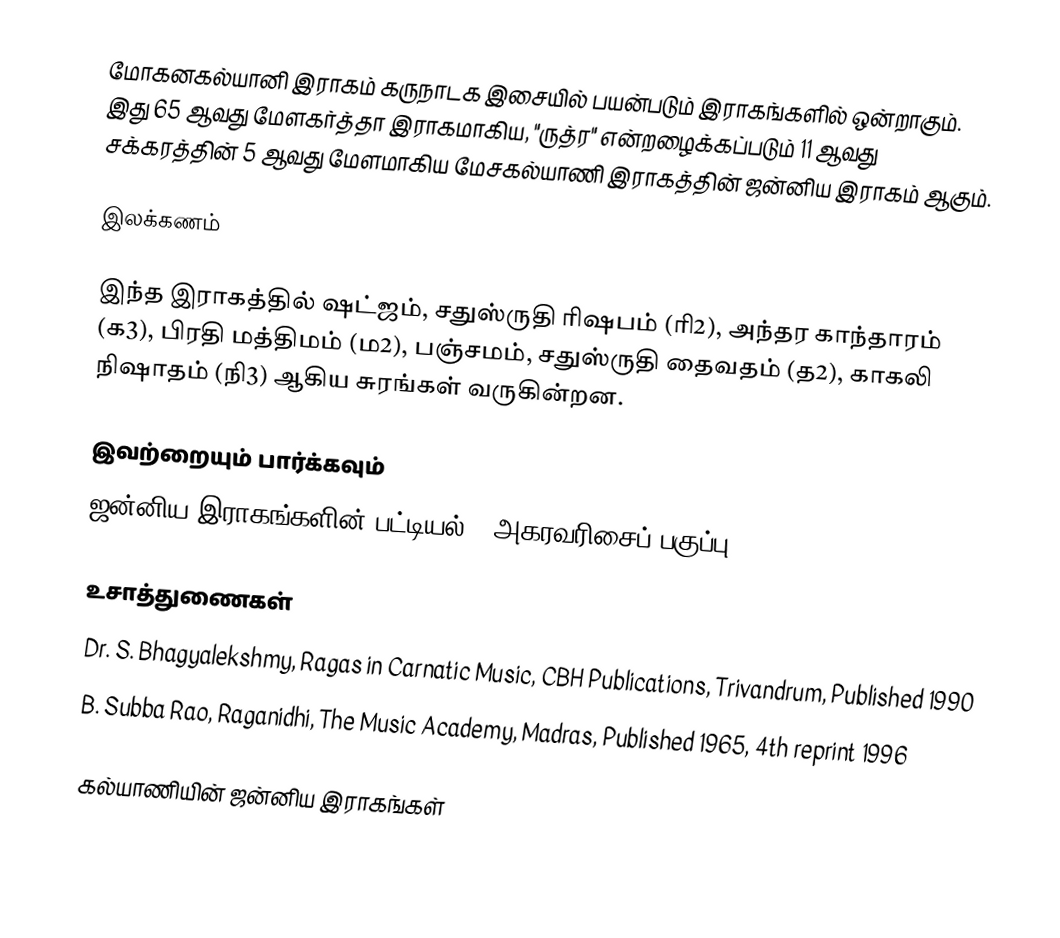
மோகனகல்யானி இராகம் கருநாடக இசையில் பயன்படும் இராகங்களில் ஒன்றாகும். இது 65 ஆவது மேளகர்த்தா இராகமாகிய, "ருத்ர" என்றழைக்கப்படும் 11 ஆவது சக்கரத்தின் 5 ஆவது மேளமாகிய மேசகல்யாணி இராகத்தின் ஜன்னிய இராகம் ஆகும்.

இலக்கணம்

இந்த இராகத்தில் ஷட்ஜம், சதுஸ்ருதி ரிஷபம் (ரி2),  அந்தர காந்தாரம் (க3), பிரதி மத்திமம் (ம2), பஞ்சமம்,  சதுஸ்ருதி தைவதம் (த2), காகலி நிஷாதம்  (நி3) ஆகிய சுரங்கள் வருகின்றன.

இவற்றையும் பார்க்கவும்
 ஜன்னிய இராகங்களின் பட்டியல் - அகரவரிசைப் பகுப்பு

உசாத்துணைகள்
 Dr. S. Bhagyalekshmy, Ragas in Carnatic Music, CBH Publications, Trivandrum, Published 1990
 B. Subba Rao, Raganidhi, The Music Academy, Madras, Published 1965, 4th reprint 1996

கல்யாணியின் ஜன்னிய இராகங்கள்